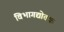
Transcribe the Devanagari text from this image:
विभागद्योतक